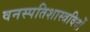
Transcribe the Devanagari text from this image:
वनस्पतिशास्त्रविदों